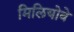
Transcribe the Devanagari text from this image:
मिलियोवे